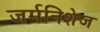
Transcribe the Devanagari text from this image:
जर्मनिशेज